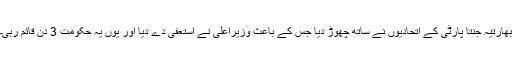
بھارتیہ جنتا پارٹی کے اتحادیوں نے ساتھ چھوڑ دیا جس کے باعث وزیراعلیٰ نے استعفیٰ دے دیا اور یوں یہ حکومت 3 دن قائم رہی۔